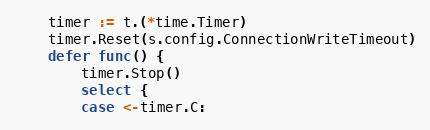
Language: Go
	timer := t.(*time.Timer)
	timer.Reset(s.config.ConnectionWriteTimeout)
	defer func() {
		timer.Stop()
		select {
		case <-timer.C: